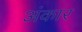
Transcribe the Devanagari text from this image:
अंकार